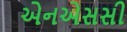
એનએસસી